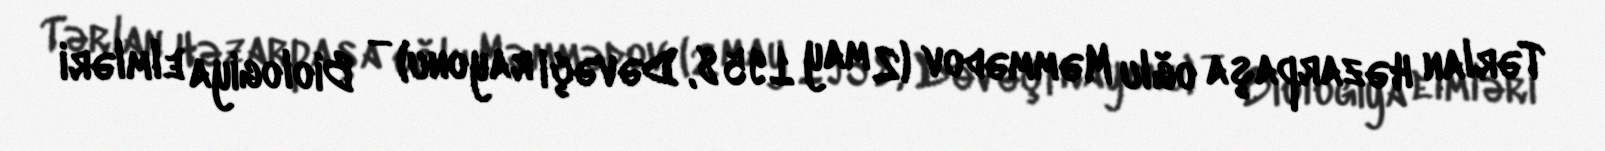
Tərlan Həzarpaşa oğlu Məmmədov (2 may 1958, Dəvəçi rayonu) — Biologiya elmləri